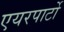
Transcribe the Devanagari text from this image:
एयरपार्टो